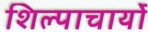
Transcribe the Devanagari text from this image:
शिल्पाचार्यो